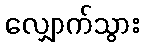
လျှောက်သွား